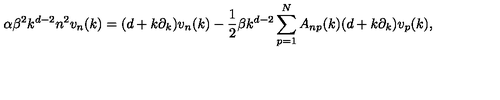
\alpha \beta ^ { 2 } k ^ { d - 2 } n ^ { 2 } v _ { n } ( k ) = ( d + k \partial _ { k } ) v _ { n } ( k ) - { \frac { 1 } { 2 } } \beta k ^ { d - 2 } \sum _ { p = 1 } ^ { N } A _ { n p } ( k ) ( d + k \partial _ { k } ) v _ { p } ( k ) ,